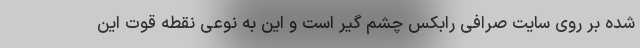
شده بر روی سایت صرافی رابکس چشم گیر است و این به نوعی نقطه قوت این